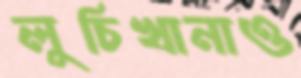
লুচিখানাও